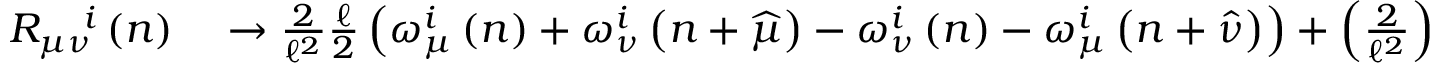
\begin{array} { r l } { R _ { \mu \nu } ^ { \quad i } \left( n \right) } & { { } \rightarrow \frac { 2 } { \mathcal { \ell } ^ { 2 } } \frac { \mathcal { \ell } } { 2 } \left( \omega _ { \mu } ^ { i } \left( n \right) + \omega _ { \nu } ^ { i } \left( n + \widehat { \mu } \right) - \omega _ { \nu } ^ { i } \left( n \right) - \omega _ { \mu } ^ { i } \left( n + \widehat { \nu } \right) \right) + \left( \frac { 2 } { \mathcal { \ell } ^ { 2 } } \right) \left( - \frac { \mathcal { \ell } ^ { 2 } } { 4 } \right) 2 \epsilon ^ { i j k } \omega _ { \mu } ^ { j } \left( n \right) \omega _ { \nu } ^ { k } \left( n \right) } \end{array}